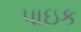
પાઇક